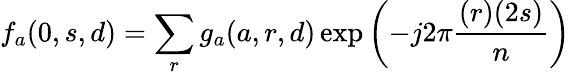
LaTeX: f_{a}(0,s,d)=\sum_{r}g_{a}(a,r,d)\exp\left(-j2\pi{\frac{(r)(2s)}{n}}\right)